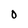
Character: o